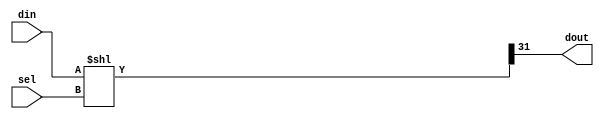

module decode_32_2 (input [5-1:0] sel, input [32-1:0] din, output dout);
  wire [32-1:0] p = din << sel; assign dout = p[32-1];
endmodule